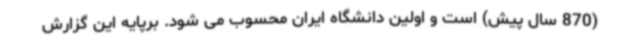
(870 سال پیش) است و اولین دانشگاه ایران محسوب می شود. برپایه این گزارش